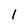
Character: 1